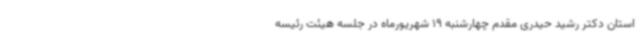
استان دکتر رشید حیدری مقدم چهارشنبه 19 شهریورماه در جلسه هیئت رئیسه